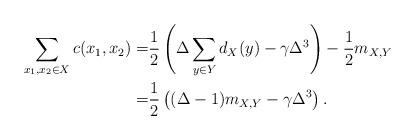
LaTeX: \begin{align*}\sum_{x_1,x_2\in X}c(x_1,x_2) =&\frac{1}{2}\left( \Delta\sum_{y\in Y} d_{X}(y) -\gamma\Delta^3 \right)-\frac{1}{2}m_{X,Y}\\=&\frac{1}{2}\left( (\Delta-1) m_{X,Y} -\gamma\Delta^3 \right).\end{align*}